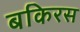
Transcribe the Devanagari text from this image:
बकिरस